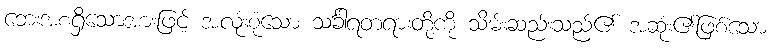
ဘေးအစရှိသောအားဖြင့် အလုံးစုံသော သင်္ခါရတရားတို့ကို သိမ်းဆည်းသည်၏ အဆုံး၏ဖြစ်သော